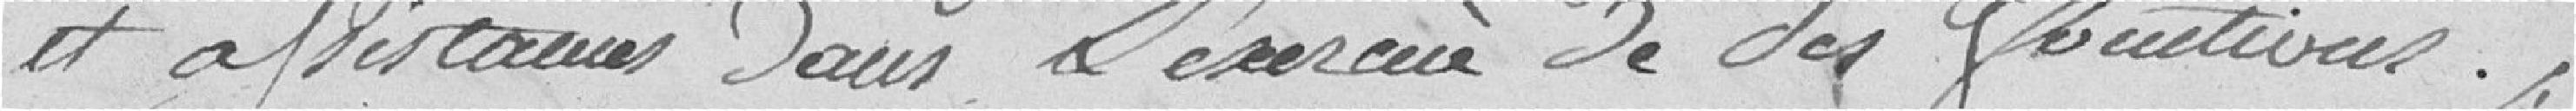
et assistance dans l'exercice de ses foncrtions.